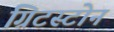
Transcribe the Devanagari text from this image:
ग्रिटस्टोन